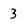
Character: 3